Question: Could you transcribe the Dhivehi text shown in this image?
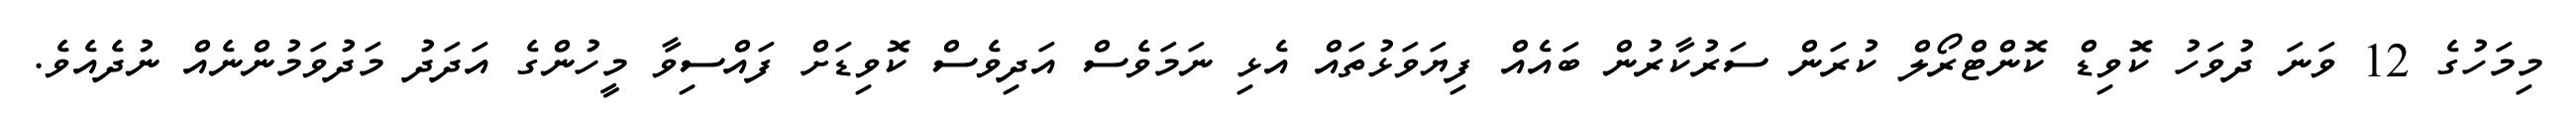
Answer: މިމަހުގެ 12 ވަނަ ދުވަހު ކޮވިޑް ކޮންޓްރޯލް ކުރަން ސަރުކާރުން ބައެއް ފިޔަވަޅުތައް އެޅި ނަމަވެސް އަދިވެސް ކޮވިޑަށް ފައްސިވާ މީހުންގެ އަދަދު މަދުވަމުންނެއް ނުދެއެވެ.